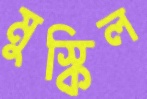
মুস্কিল